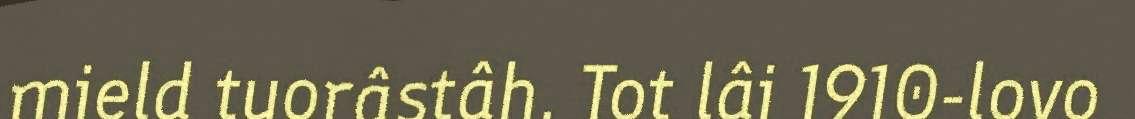
mield tuorâstâh. Tot lâi 1910-lovo